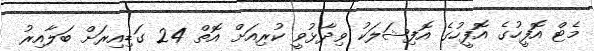
މެޓް އޮފީހުގެ އޮފީހުގެ އޮފިޝަލަކު ވިދާޅުވީ ކުރިއަށް އޮތް 24 ގަޑިއިރަށް ބަލާއިރު